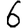
Digit: 6